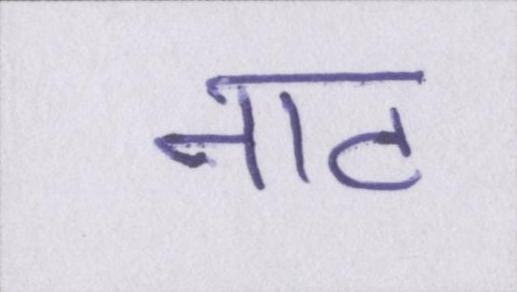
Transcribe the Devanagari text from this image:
नाट